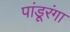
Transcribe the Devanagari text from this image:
पांडूरंगा